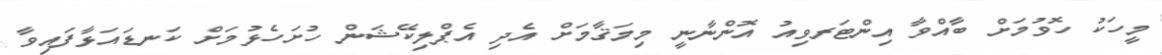
މީހަކު ހޮވުމަށް ބާއްވާ އިންޓަރވިއު އޮންނާނީ މިމަޤާމަށް އެދި އެޕްލިކޭޝަން ހުށަހެޅުމަށް ކަނޑައަޅާފައިވާ